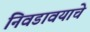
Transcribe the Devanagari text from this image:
निवडावयाचे